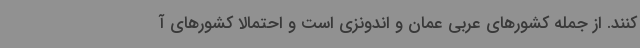
کنند. از جمله کشورهای عربی عمان و اندونزی است و احتمالا کشورهای آ